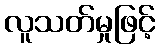
လူသတ်မှုဖြင့်